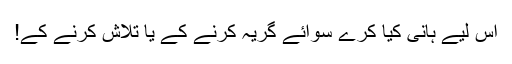
اِس لیے ہانی کیا کرے سوائے گریہ کرنے کے یا تلاش کرنے کے!